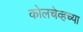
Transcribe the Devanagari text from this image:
कोलचेव्हच्या